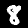
Digit: 8